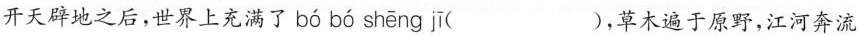
开天辟地之后，世界上充满了 bó bó shēng jī ( )，草木遍于原野，江河奔流